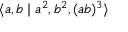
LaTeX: \langle a , b \mid a ^ { 2 } , b ^ { 2 } , ( a b ) ^ { 3 } \rangle